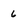
Character: 6